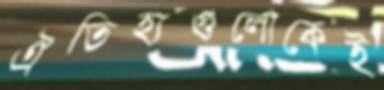
ঐতিহ্যগুলোকেই